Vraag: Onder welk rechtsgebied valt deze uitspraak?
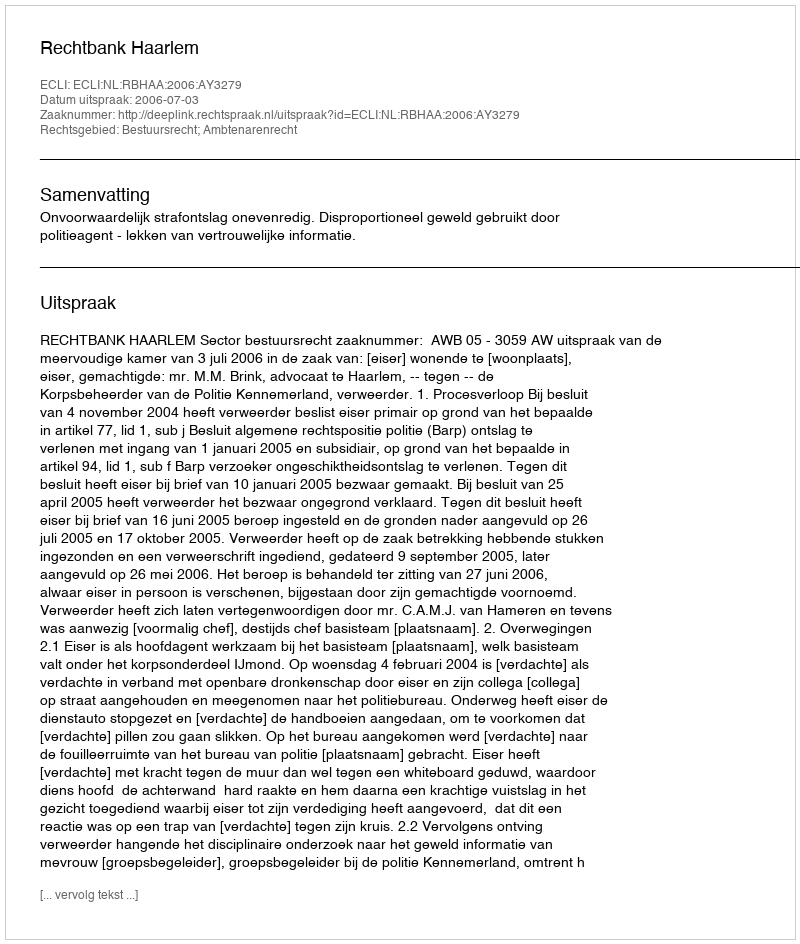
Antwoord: Bestuursrecht; Ambtenarenrecht